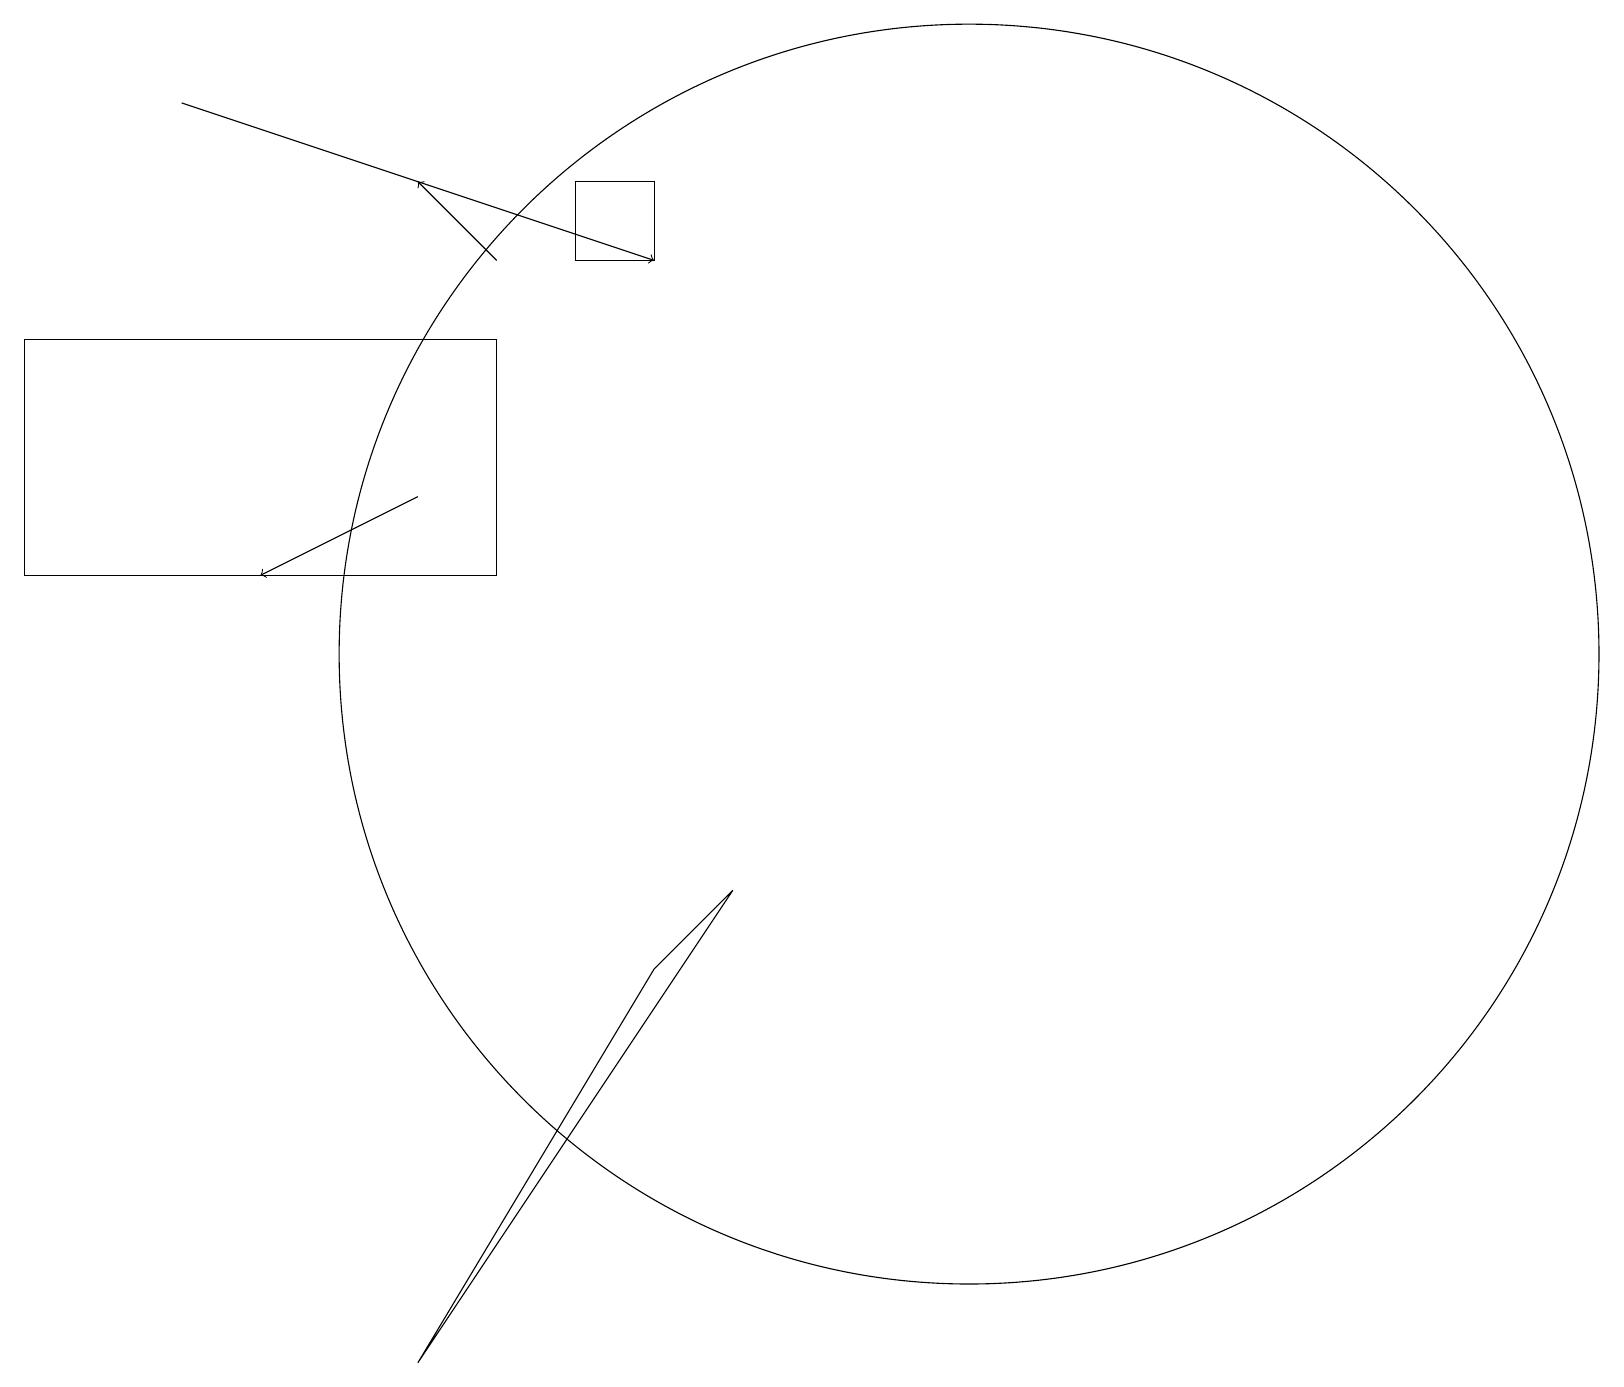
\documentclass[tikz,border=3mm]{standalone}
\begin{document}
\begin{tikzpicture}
\draw[->] (6,16) -- (5,17);
\draw (7,17) rectangle (8,16);
\draw (0,15) rectangle (6,12);
\draw (5,2) -- (8,7) -- (9,8) -- cycle;
\draw (12,11) circle (8);
\draw[->] (2,18) -- (8,16);
\draw[->] (5,13) -- (3,12);
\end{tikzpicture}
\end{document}